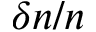
\delta n / n